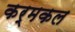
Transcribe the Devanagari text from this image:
कर्मकल